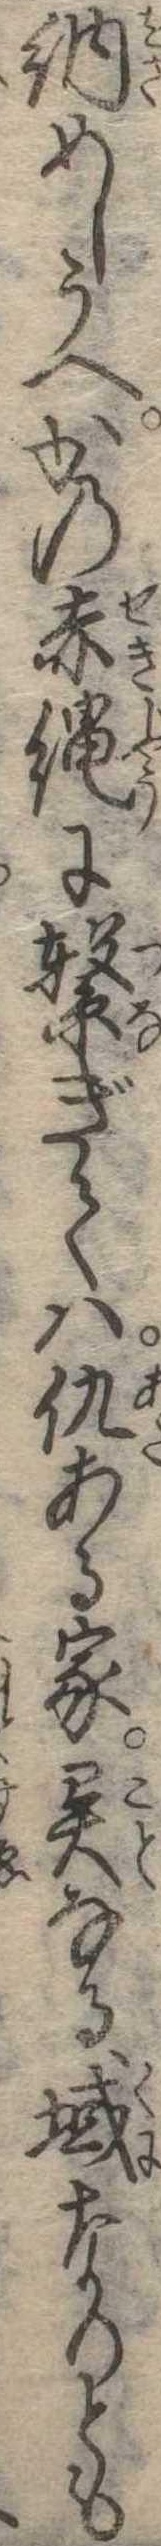
納めしうへかの赤縄に繋ぎては仇ある家異なる域なりとも